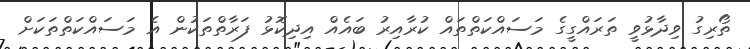
ތޯރިގު ވިދާޅުވީ ތަރައްގީގެ މަސައްކަތްތައް ކުރާއިރު ބައެއް އިދިކޮޅު ފަރާތްތަކުން އެ މަސައްކަތްތަކަށް